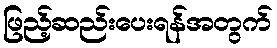
ဖြည့်ဆည်းပေးရန်အတွက်